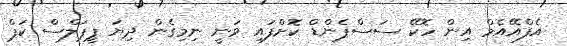
އެފްއޭއެމް އިން ހޮކޭ ސަސްޕެންޑް ކޮށްފައި ވަނީ ނިމިގެން ދިޔަ ޕީޕަލްސް ކަޕް